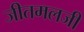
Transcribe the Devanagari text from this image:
जीतमलजी